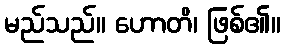
မည်သည်။ ဟောတိ၊ ဖြစ်၏။